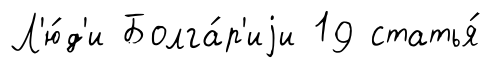
Л'ю́д'и Болга́р'иjи 19 статья́